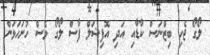
ލޯގޯ ޖެހި ބިޒްނަސް ކާޑާއި އަދި އޮފިޝަލް ފާސް ލޯގޯ ވެސް ހުށަހަޅަން